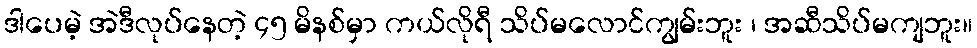
ဒါပေမဲ့ အဲဒီလုပ်နေတဲ့ ၄၅ မိနစ်မှာ ကယ်လိုရီ သိပ်မလောင်ကျွမ်းဘူး ၊ အဆီသိပ်မကျဘူး။